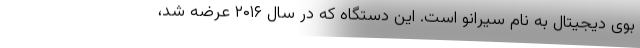
بوی دیجیتال به نام سیرانو است. این دستگاه که در سال ۲۰۱۶ عرضه شد،